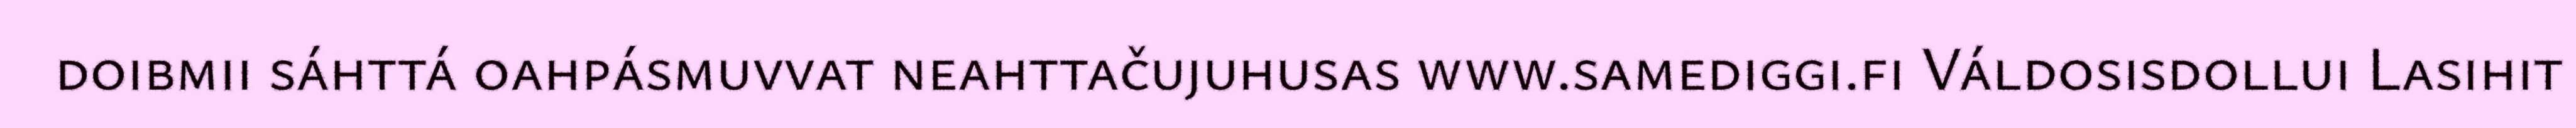
doibmii sáhttá oahpásmuvvat neahttačujuhusas www.samediggi.fi Váldosisdollui Lasihit